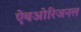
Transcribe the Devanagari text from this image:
ऐबओरिजनल